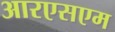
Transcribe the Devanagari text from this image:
आरएसएम